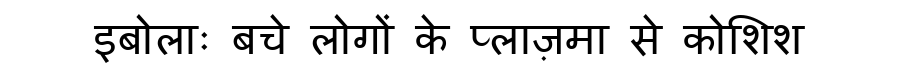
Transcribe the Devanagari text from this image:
इबोलाः बचे लोगों के प्लाज़मा से कोशिश